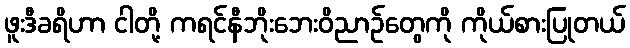
ဖူးဒီခရိဟာ ငါတို့ ကရင်နီဘိုးဘေးဝိညာဉ်တွေကို ကိုယ်စားပြုတယ်